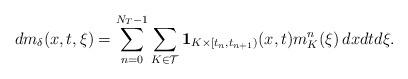
LaTeX: \begin{align*}d m_\delta(x,t,\xi)=\sum_{n=0}^{N_T-1}\sum_{K\in\mathcal{T}}\mathbf{1}_{K\times[t_n,t_{n+1})}(x,t)m^n_K(\xi)\,dx dt d\xi.\end{align*}